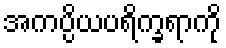
အကပ္ပိယပရိက္ခရာကို